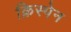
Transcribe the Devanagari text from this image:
क्रिस्पेन